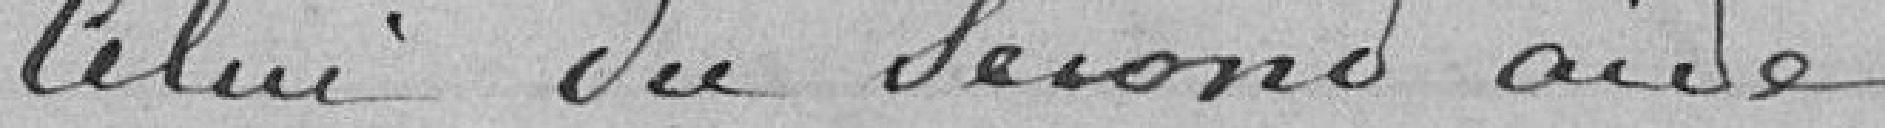
Celui du second aide